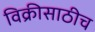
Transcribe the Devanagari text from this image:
विक्रीसाठीच